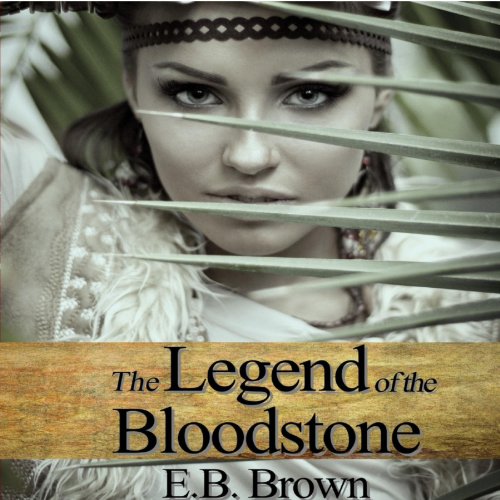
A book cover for The Legend of the Bloodstone: Time Walkers, Book 1; E.B. Brown; Romance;